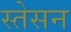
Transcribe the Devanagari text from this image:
स्तेसन